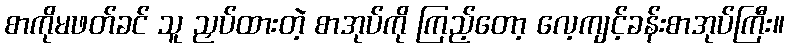
စာကိုမဖတ်ခင် သူ ညှပ်ထားတဲ့ စာအုပ်ကို ကြည့်တော့ လေ့ကျင့်ခန်းစာအုပ်ကြီး။